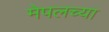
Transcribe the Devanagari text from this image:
मेपलच्या